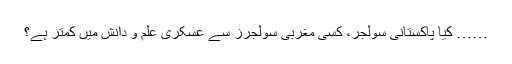
…… کیا پاکستانی سولجر، کسی مغربی سولجرز سے عسکری علم و دانش میں کمتر ہے؟